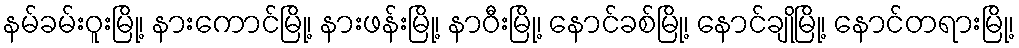
နမ်ခမ်းဝူးမြို့၊ နားကောင်မြို့၊ နားဖန်းမြို့၊ နာဝီးမြို့၊ နောင်ခစ်မြို့၊ နောင်ချိုမြို့၊ နောင်တရားမြို့၊